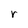
Character: r